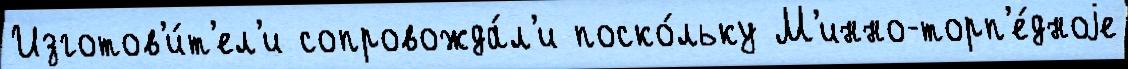
Изготов'и́т'ел'и сопровожда́л'и поско́льку М'инно-торп'е́дноjе